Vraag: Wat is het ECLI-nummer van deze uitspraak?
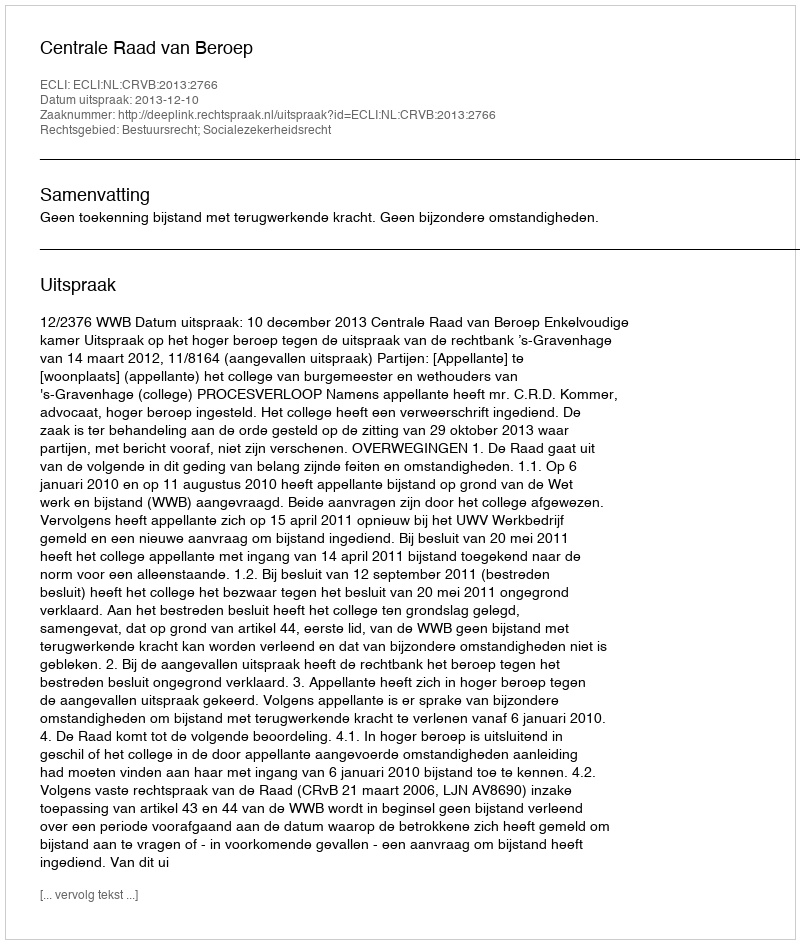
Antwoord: ECLI:NL:CRVB:2013:2766